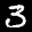
Digit: 3